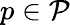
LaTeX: p\in\mathcal{P}